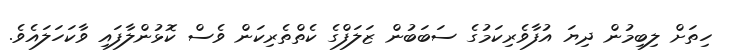
ހިތަށް ލިބިމުން ދިޔަ އުފާވެރިކަމުގެ ސަބަބުން ޒަލަފްގެ ކެތްތެރިކަން ވެސް ކޮޅުންލާފައި ވާކަހަލައެވެ.